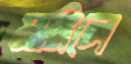
মাঙ্গিলে